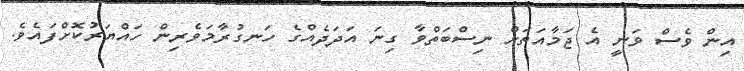
އިން ވެސް ވަނީ އެ ޖަމާއަތަށް ނިސްބަތްވާ ގިނަ އަދަދެއްގެ ހަނގުރާމަވެރިން ހައްޔަރުކޮށްފައެވެ.